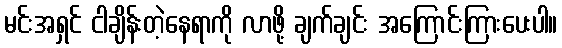
မင်းအရှင် ငါချိန်းတဲ့နေရာကို လာဖို့ ချက်ချင်း အကြောင်းကြားပေးပါ။